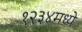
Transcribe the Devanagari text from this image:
१२३४मध्ये